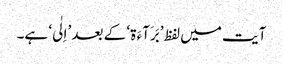
آیت میں لفظ ’بَرَآءَ ۃ‘ کے بعد ’اِلٰی‘ ہے۔